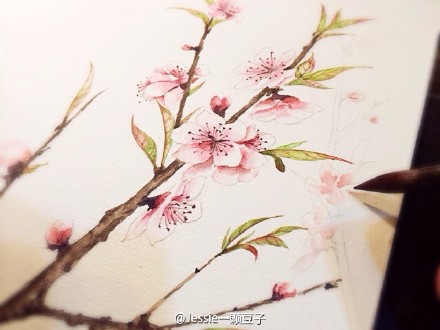
花落家童未扫，莺啼山客犹眠。